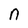
Character: n